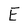
Character: E